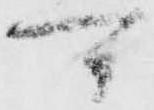
可